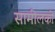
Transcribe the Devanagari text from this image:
सामीलकी